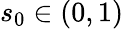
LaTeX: s_{0}\in(0,1)